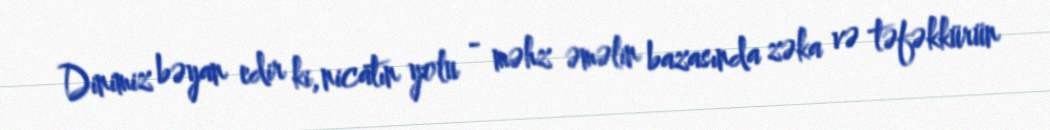
Dinimiz bəyan edir ki, nicatın yolu - məhz əməlin bazasında zəka və təfəkkürün